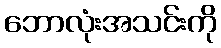
ဘောလုံးအသင်းကို